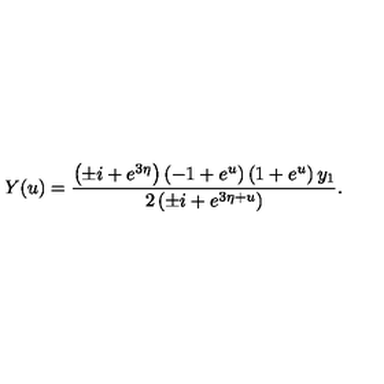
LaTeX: Y ( u ) = { \frac { \left( \pm i + e ^ { 3 \eta } \right) \left( - 1 + { e ^ { u } } \right) \left( 1 + { e ^ { u } } \right) { y _ { 1 } } } { 2 \left( \pm i + { e ^ { 3 \eta + u } } \right) } } .